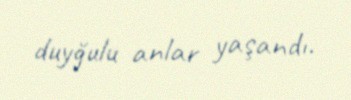
duyğulu anlar yaşandı.